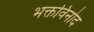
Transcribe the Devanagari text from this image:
भक्तविनोद